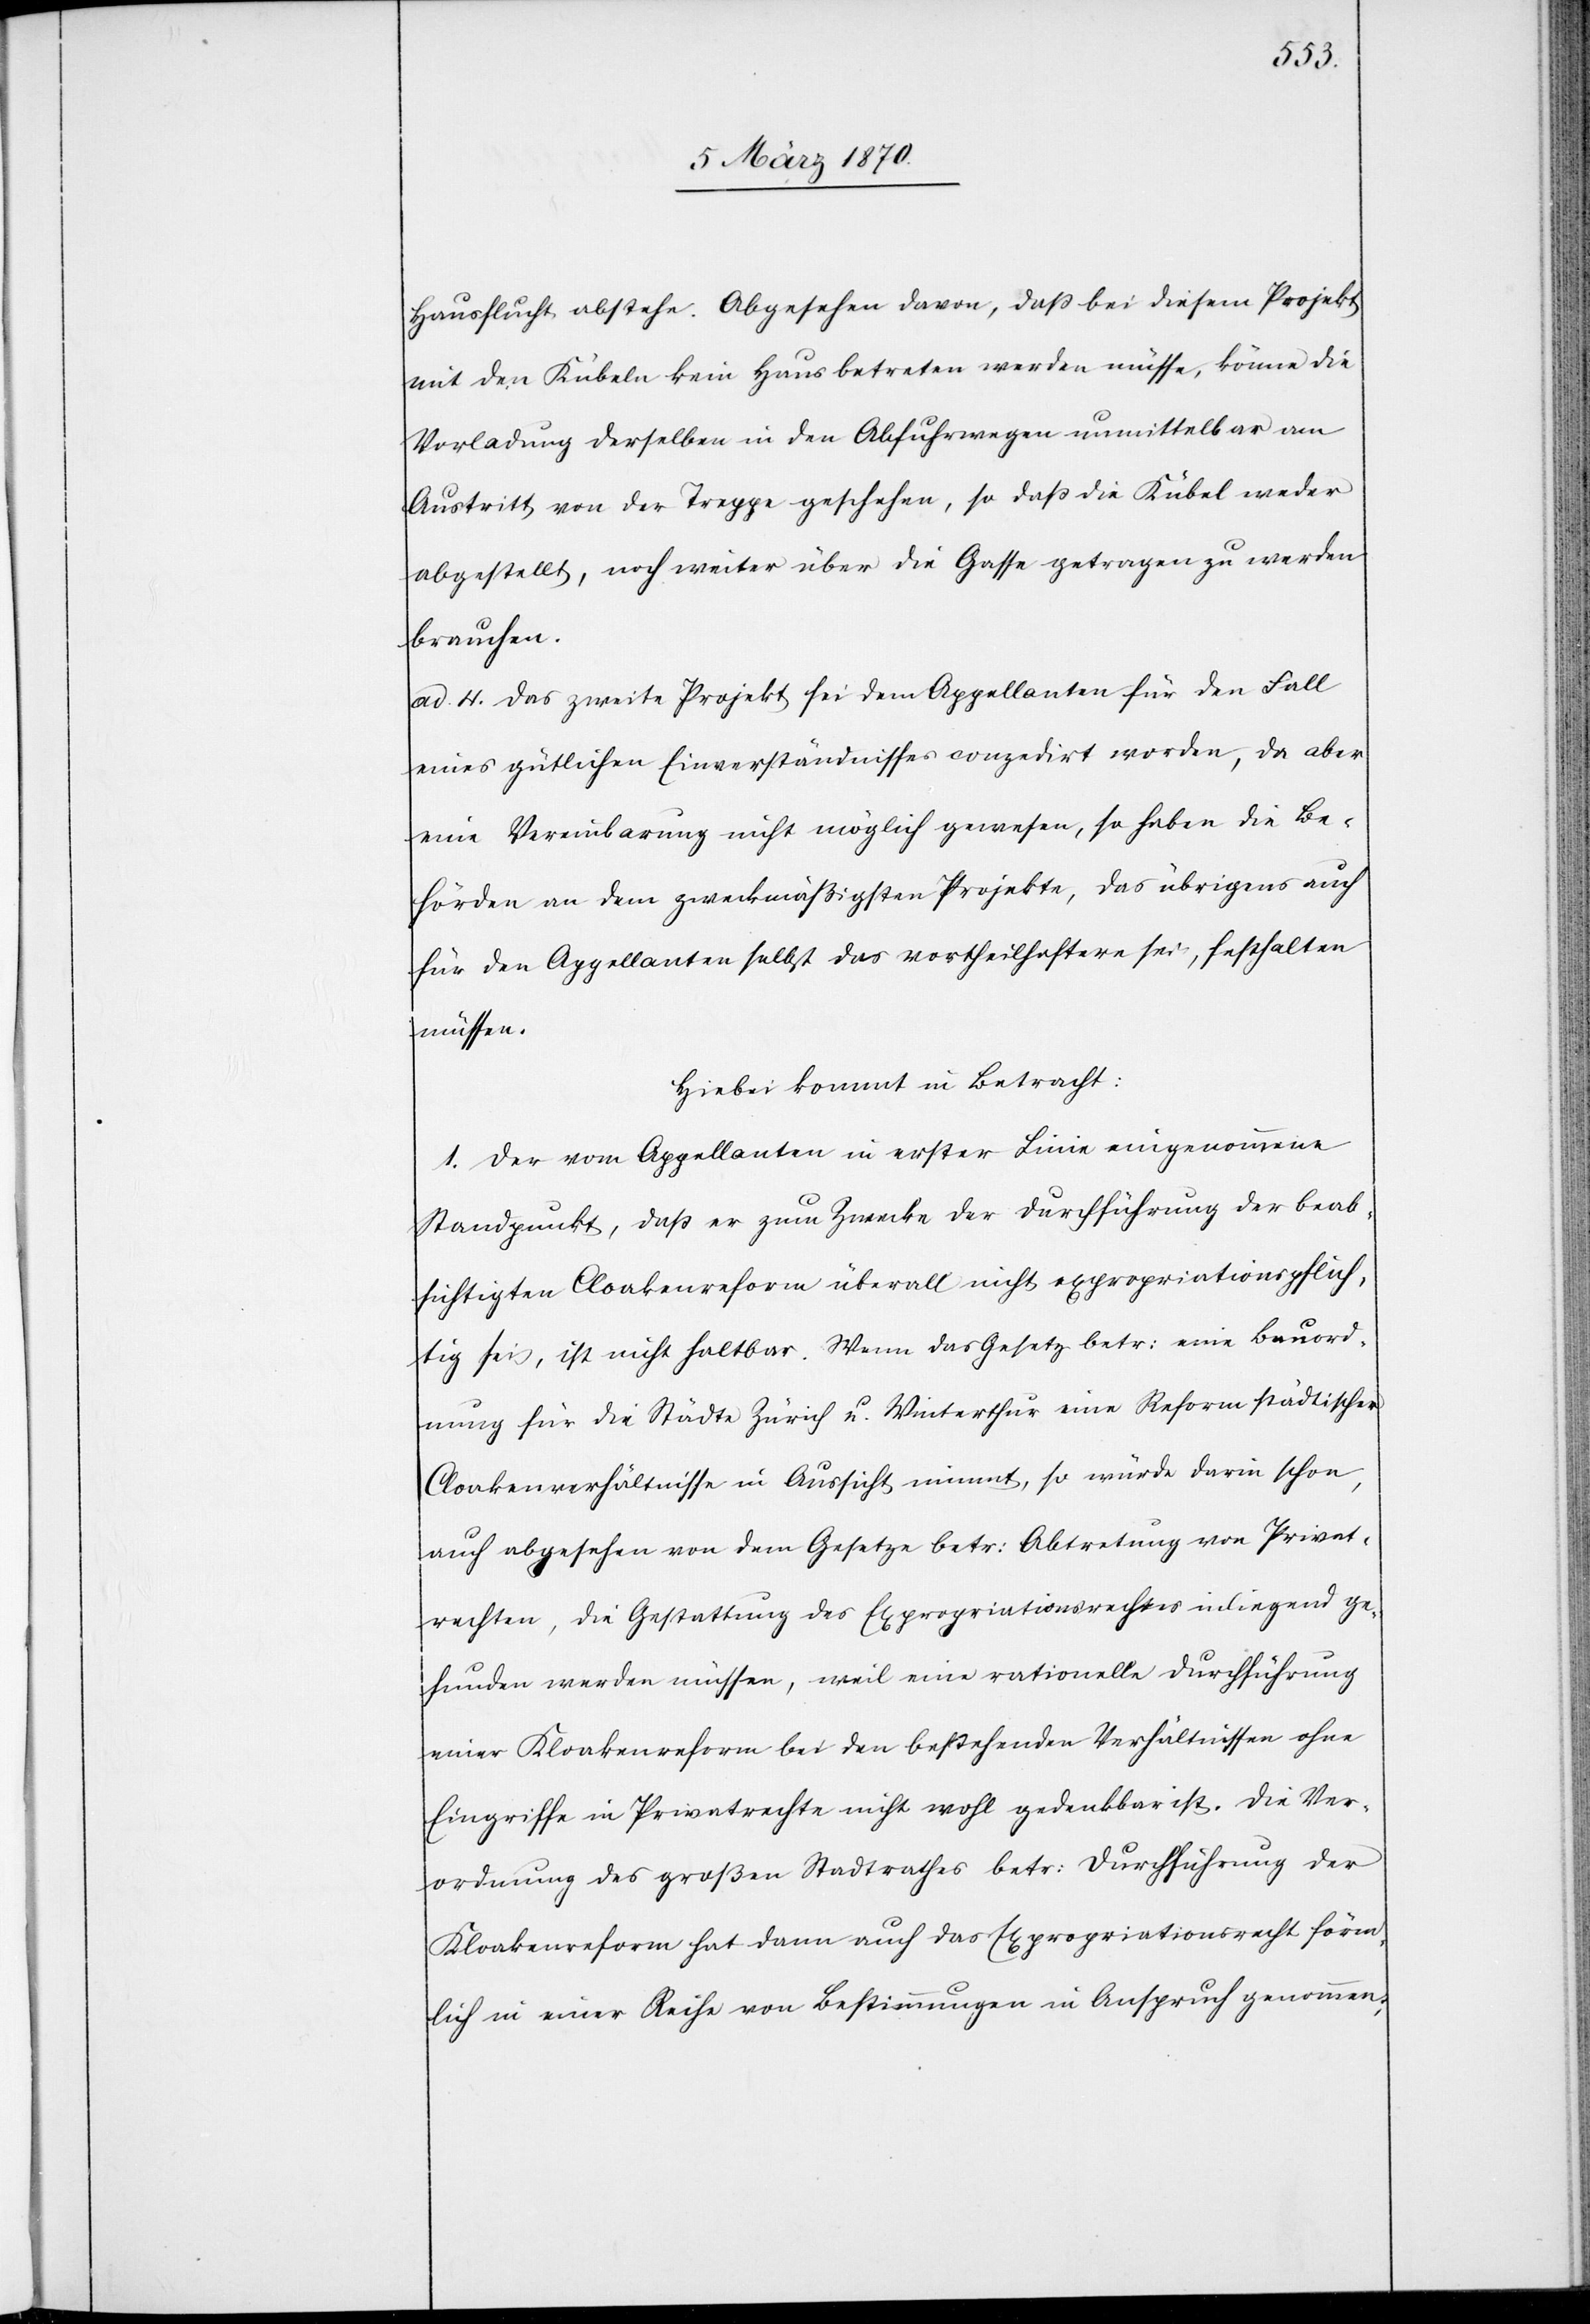
Hausflucht abstehe. Abgesehen davon, daß bei diesem Projekt
mit den Kübeln kein Haus betreten werden müsse, könne die
[?Verladung] derselben in den Abfuhrwegen [?Abfuhrwagen] unmittelbar am
Austritt der Treppe geschehen, so daß die Kübel weder
abgestellt, noch weiter über die Gasse getragen zu werden
brauchen.
ad. 4. Das zweite Projekt sei dem Appellanten für den Fall
eines gütlichen Einverständnisses conzedirt worden, da aber
eine Vereinbarung nicht möglich gewesen, so haben die Be¬
hörden an dem zweckmäßigsten Projekte, das übrigens auch
für den Appellanten selbst das vortheilhaftere sei, festhalten
müssen.
Hiebei kommt in Betracht:
1. Der vom Appellanten in erster Linie eingenommene
Standpunkt, daß er zum Zwecke der Durchführung der beab¬
sichtigten Cloakenreform überall nicht expropriationsflüch¬
tig sei, ist nicht haltbar. Wenn das Gesetz betr: eine Bauord¬
nung für die Städte Zürich u. Winterthur eine Reform städtischer
Cloakenverhältnisse in Aussicht nimmt, so würde darin schon,
auch abgesehen von dem Gesetze betr: Abtretung von Privat¬
rechten, die Gestattung des Expropriationsrechtes inliegend ge¬
funden werden müssen, weil eine rationelle Durchführung
einer Kloakenreform bei den bestehenden Verhältnissen ohne
Eingriffe in Privatrechte nicht wohl gedenkbar ist. Die Ver¬
ordnung des großen Stadtrathes betr: Durchführung der
Kloakenreform hat dann auch das Expropriationsrecht förm¬
lich in einer Reihe von Bestimmungen in Anspruch genommen;